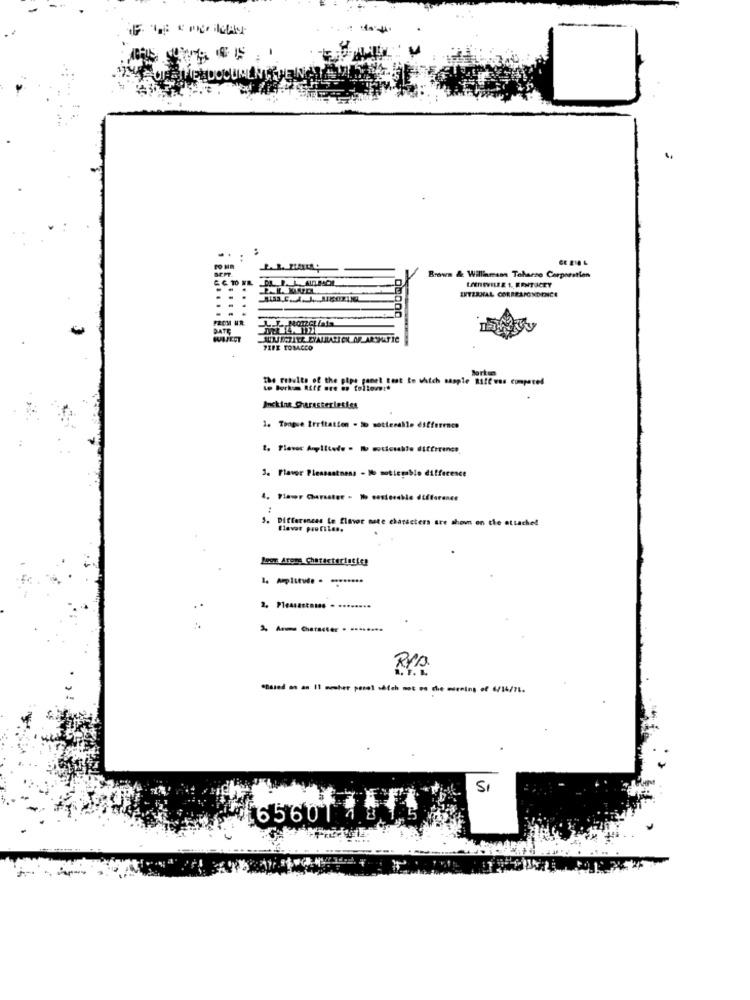
...
FO MA
Brown & Williamson Toharso Corporation
INTERNAL CORRESPONDENCE
DATE
SOUSCRITE EYALLARICH AR ARSHATIC
PIPE TOBACCO
the results of the pipe genet test in which sample Rift was compared
Borkum Riff are .. follows :*
Inchina Caresterleties
1. Tongue Irritation . > sotteralle difference
3. Flavor Pleasantnens - Il moticpablo difference
1. Flar Carsster - 1% costerabio differance
5. Differences te flavor nete characters are shown on the attached
Ciavar profiles.
Jeot Aroms Characteristics
2. ............ . ........
Arme Character . ........
RPA
*Based on an 11 mecher posel såich mot oo the morning of 6/14/71.
S
65601 4 8